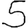
Digit: 5